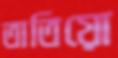
তাতিয়ো